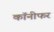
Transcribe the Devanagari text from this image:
कॉनीफर